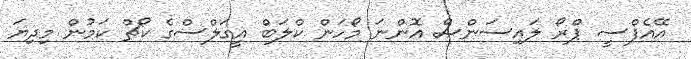
އޭއެފްސީ ޕްރޯ ލައިސަންސް އޮންނަ މޯހަން ކްލަބް އީގަލްސްގެ ކޯޗް ކަމުން މިދިޔަ